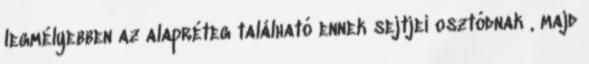
legmélyebben az alapréteg található ennek sejtjei osztódnak , majd